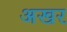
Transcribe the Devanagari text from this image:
अखर